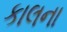
કાલના